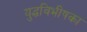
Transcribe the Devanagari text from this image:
युद्धविभीषका